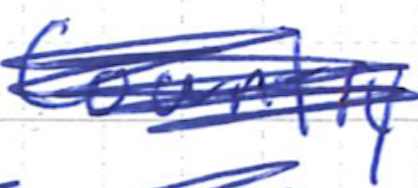
Text: Country
Cross-out: scratch
Writing tool: ballpoint